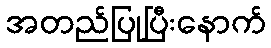
အတည်ပြုပြီးနောက်